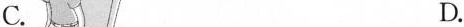
C. D.